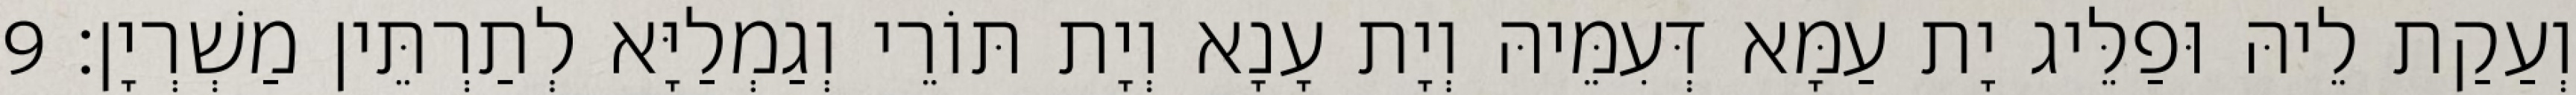
וְעַקַת לֵיהּ וּפַלֵּיג יָת עַמָּא דְּעִמֵּיהּ וְיָת עָנָא וְיָת תּוֹרֵי וְגַמְלַיָּא לְתַרְתֵּין מַשְׁרְיָן׃ 9